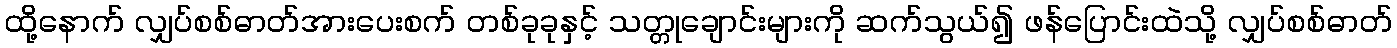
ထို့နောက် လျှပ်စစ်ဓာတ်အားပေးစက် တစ်ခုခုနှင့် သတ္တုချောင်းများကို ဆက်သွယ်၍ ဖန်ပြောင်းထဲသို့ လျှပ်စစ်ဓာတ်